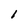
Character: 1